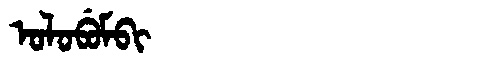
Manchu: ᠣᠯᠣᠪᡠᠮᠪᡳ
Romanization: OLOBUMBI